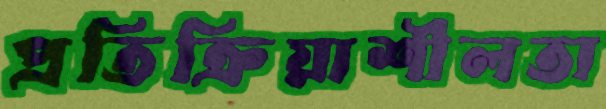
প্রতিক্রিয়াশীলতা